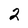
Character: 2